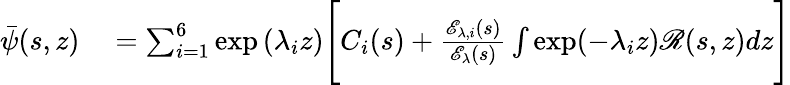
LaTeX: \begin{array}{rl}{\bar{\psi}(s,z)}&{{}=\sum_{i=1}^{6}\exp{(\lambda_{i}z)}\Bigg[C_{i}(s)+\frac{\mathscr{E}_{\lambda,i}(s)}{\mathscr{E}_{\lambda}(s)}\int\exp(-\lambda_{i}z)\mathscr{R}(s,z)dz\Bigg]}\end{array}